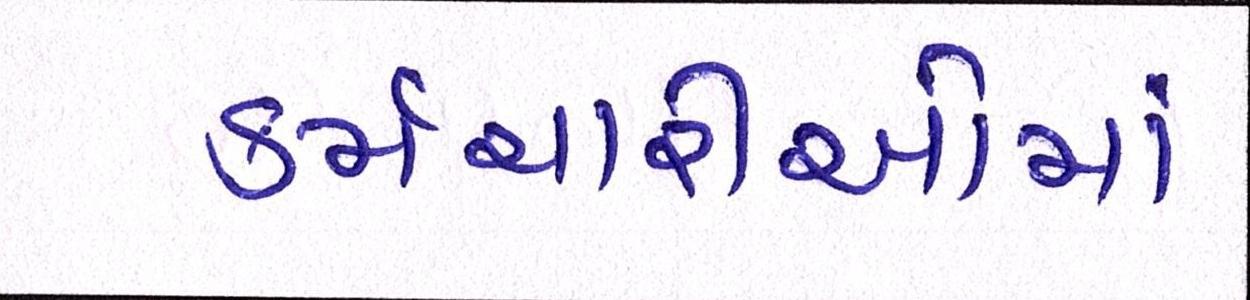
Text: કર્મચારીઓમાં